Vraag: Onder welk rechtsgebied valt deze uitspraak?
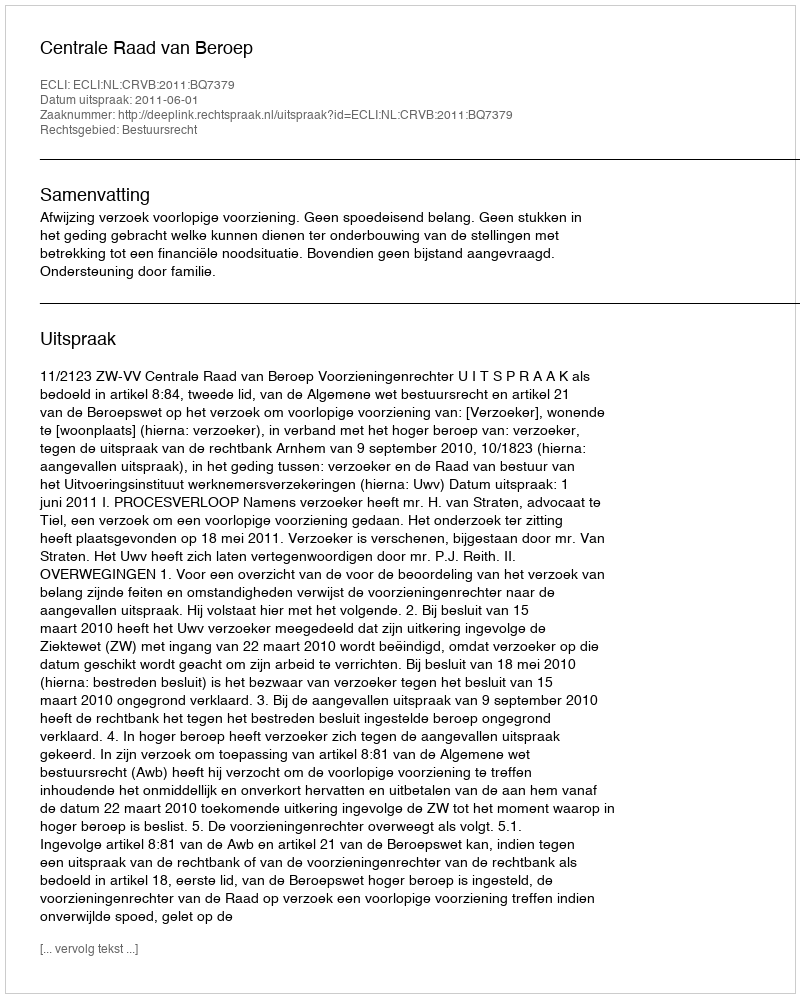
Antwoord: Bestuursrecht